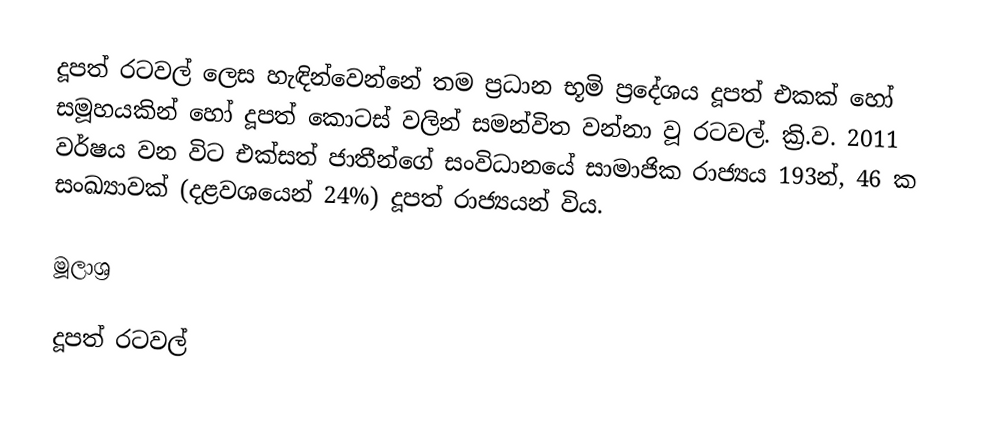
දූපත් රටවල් ලෙස හැඳින්වෙන්නේ තම ප්‍රධාන භූමි ප්‍රදේශය දූපත් එකක් හෝ සමූහයකින් හෝ දූපත් කොටස් වලින් සමන්විත වන්නා වූ රටවල්. ක්‍රි.ව. 2011 වර්ෂය වන විට එක්සත් ජාතීන්ගේ සංවිධානයේ සාමාජික රාජ්‍යය 193න්, 46 ක සංඛ්‍යාවක් (දළවශයෙන් 24%) දූපත් රාජ්‍යයන් විය.

මූලාශ්‍ර

දූපත් රටවල්